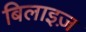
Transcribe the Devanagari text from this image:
बिलाइज़